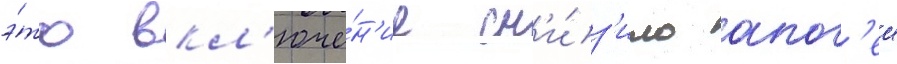
э́то вкл'юче́н'ие сн'и́з'ило апог'еи